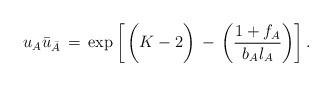
LaTeX: \begin{align*}u_A \bar{u}_{\bar{A}}\,=\,\exp \left[\,\bigg(K-2 \bigg)\,-\,\left( {1+f_{A}\over b_{A}\l_{A}} \right) \right] .\end{align*}